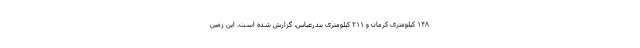
۱۴۸ کیلومتری کرمان و ۲۱۱ کیلومتری بندرعباس، گزارش شده است. این زمین